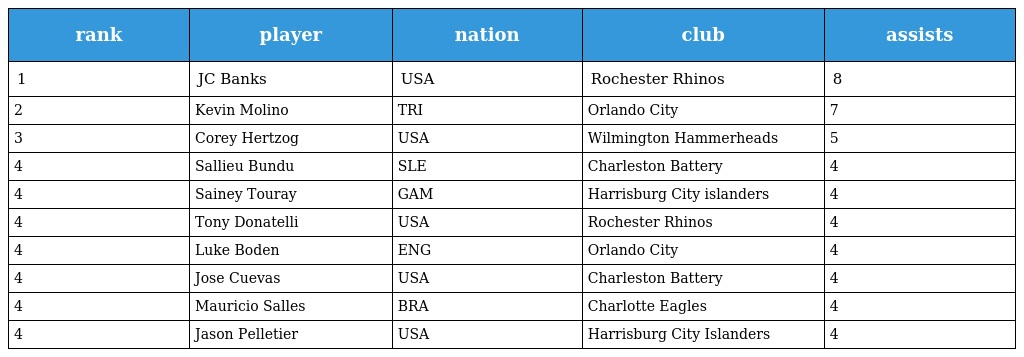
| rank | player | nation | club | assists |
 | --- | --- | --- | --- | --- |
 | 1 | JC Banks | USA | Rochester Rhinos | 8 |
 | 2 | Kevin Molino | TRI | Orlando City | 7 |
 | 3 | Corey Hertzog | USA | Wilmington Hammerheads | 5 |
 | 4 | Sallieu Bundu | SLE | Charleston Battery | 4 |
 | 4 | Sainey Touray | GAM | Harrisburg City islanders | 4 |
 | 4 | Tony Donatelli | USA | Rochester Rhinos | 4 |
 | 4 | Luke Boden | ENG | Orlando City | 4 |
 | 4 | Jose Cuevas | USA | Charleston Battery | 4 |
 | 4 | Mauricio Salles | BRA | Charlotte Eagles | 4 |
 | 4 | Jason Pelletier | USA | Harrisburg City Islanders | 4 |